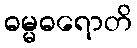
ဓမ္မဓရောတိ